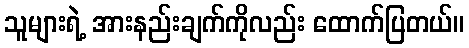
သူများရဲ့ အားနည်းချက်ကိုလည်း ထောက်ပြတယ်။